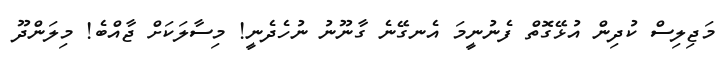
މަޖިލިސް ކުދިން އުޅޭގޮތް ފެނުނީމަ އެނގޭނެ ގާނޫނު ނުހެދެނީ! މިސާލަކަށް ޖާއްބެ! މިލަންދޫ